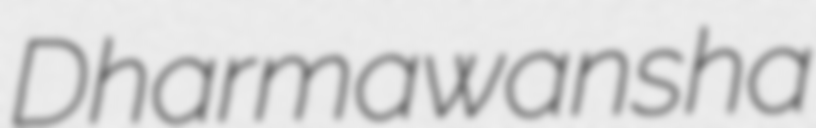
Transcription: Dharmawansha